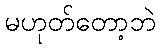
မဟုတ်တော့ဘဲ